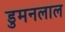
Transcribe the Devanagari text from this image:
डुमनलाल